Tartu_linnavalitsus, lk 26
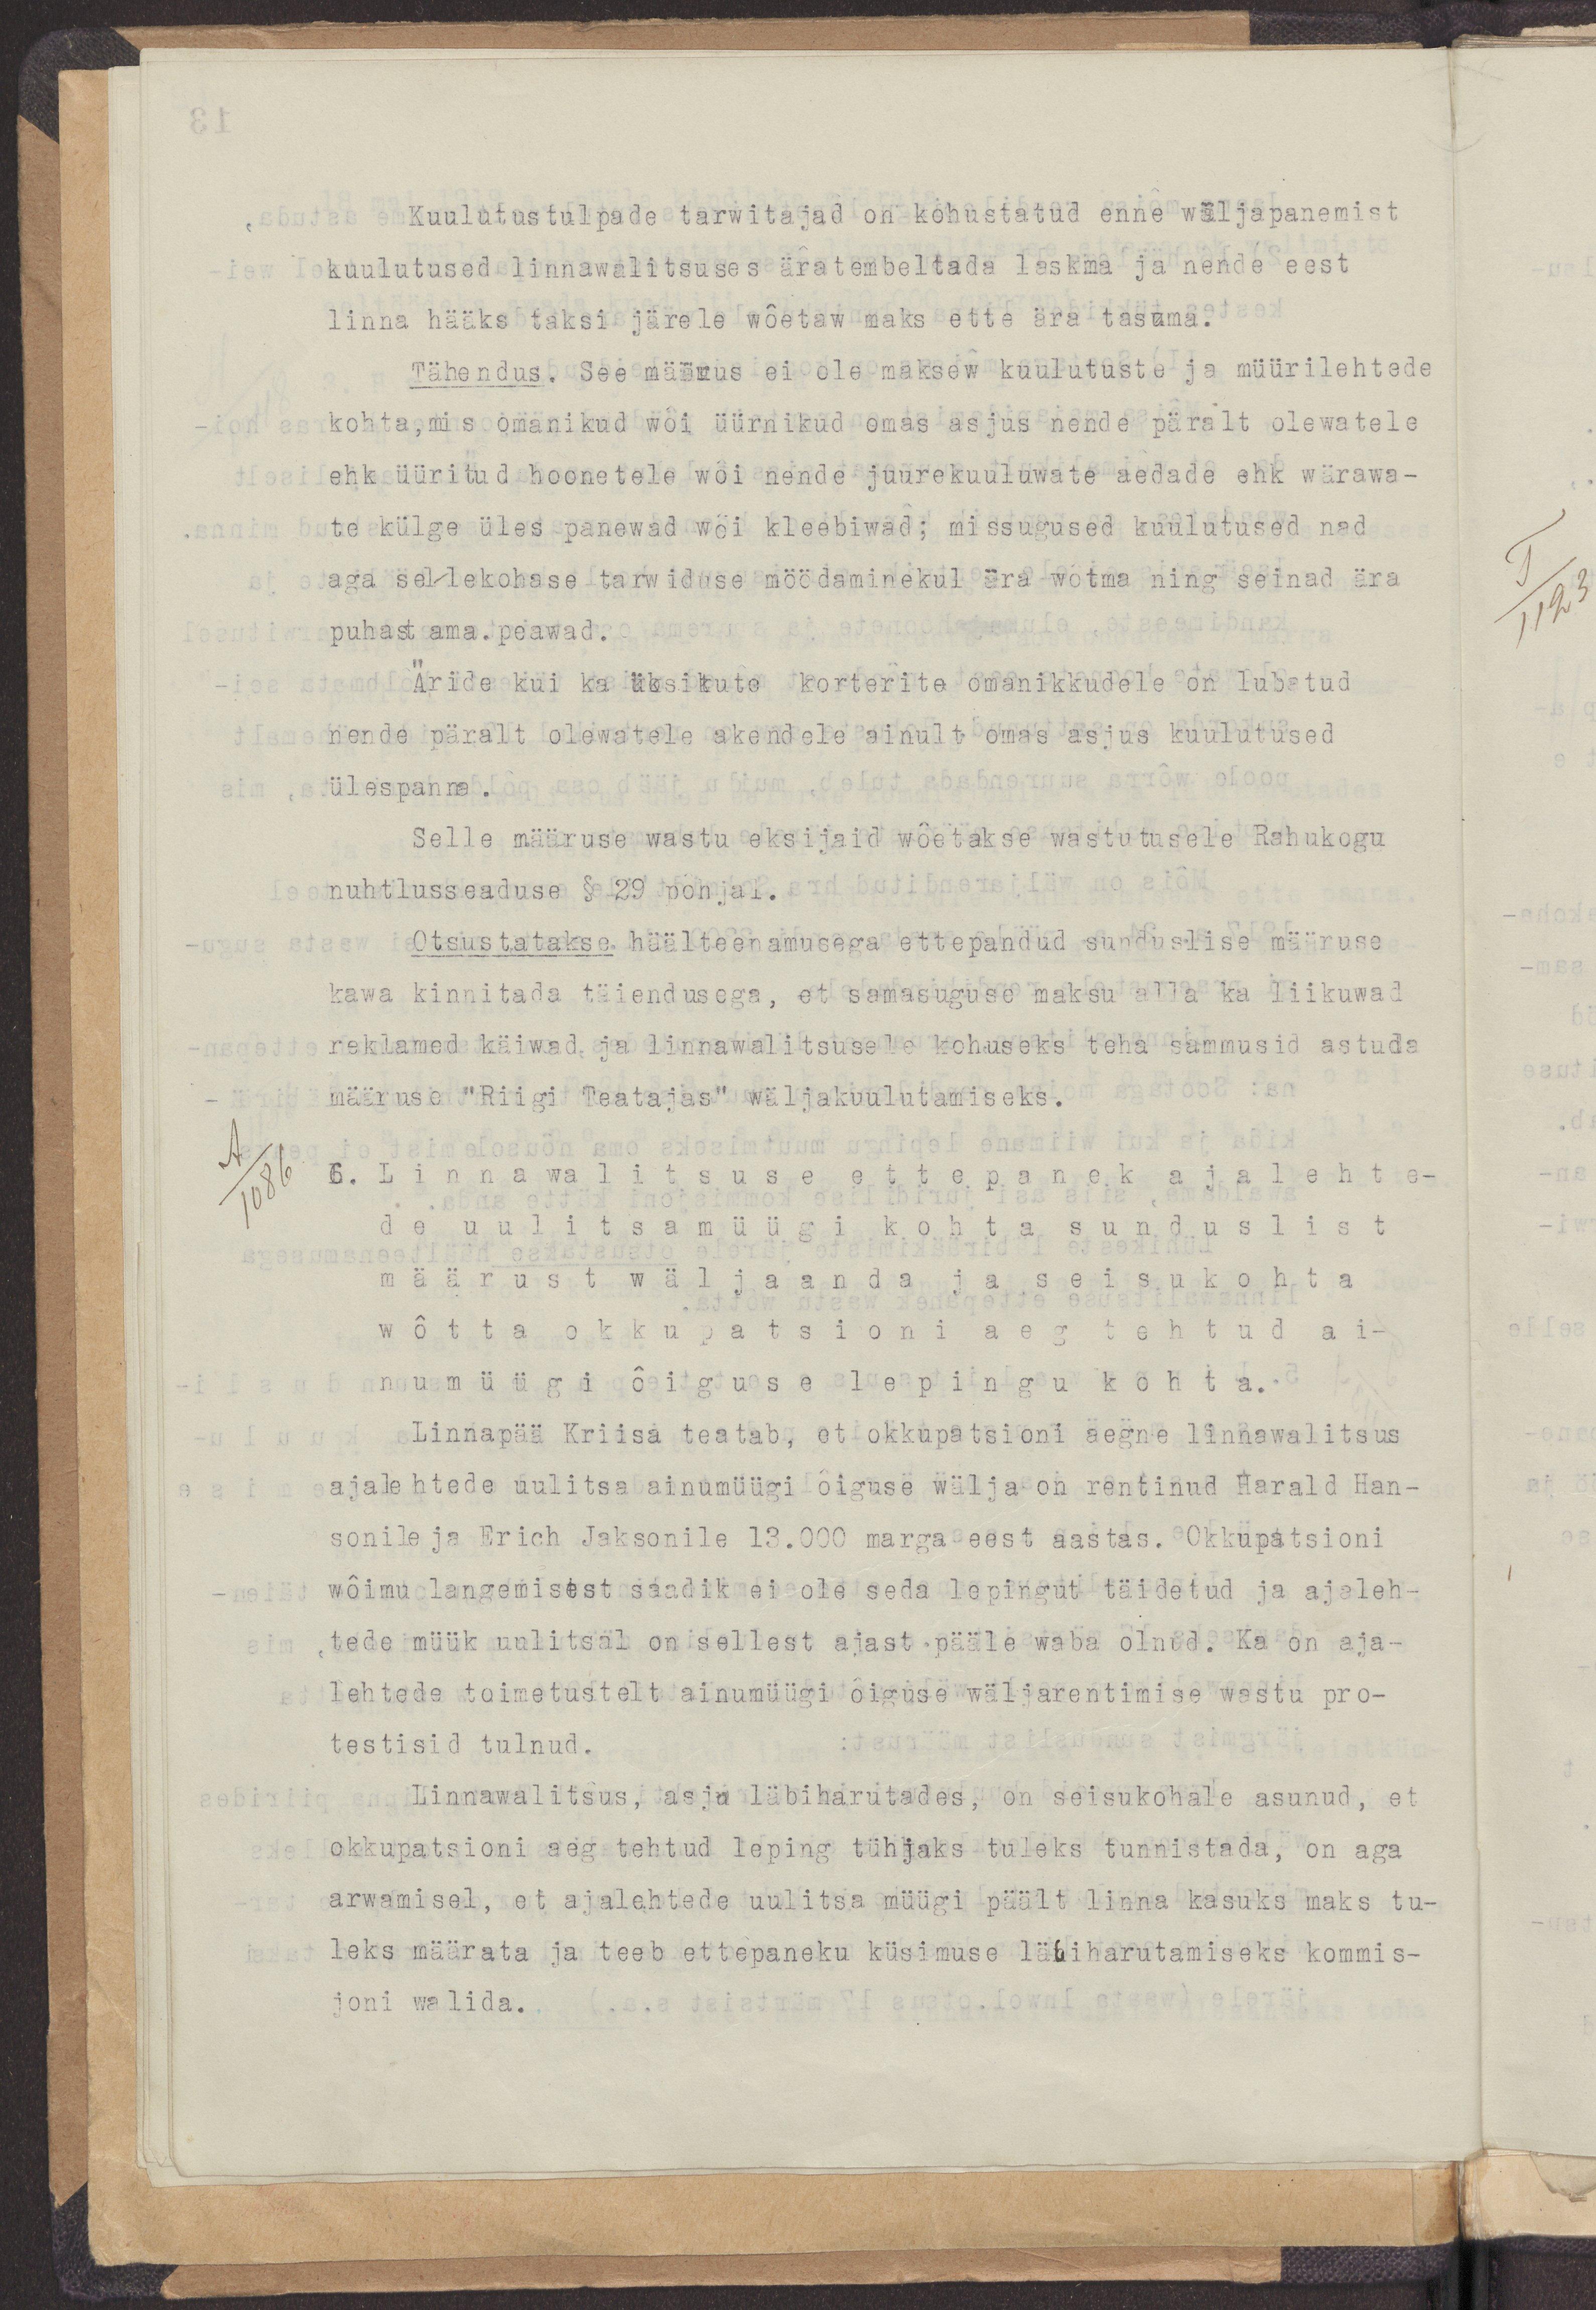
Kuulutustulpade tarwitajad on kohustatud enne wäljapanemist
kuulutused linnawalitsuses äratembeltada laskma ja nende eest
linna hääks taksi järele wõetaw maks ette ära tasuma.
Tähendus. See määrus ei ole maksew kuulutuste ja müürilehtede
kohta, mis omanikud wõi üürnikud omas asjus nende päralt olewatele
ehk üüritud hoonetele wõi nende juurekuuluwate aedade ehk wärawa-
te külge üles panewad wõi kleebiwad; missugused kuulutused nad
aga sellekohase tarwiduse möödaminekul ära wõtma ning seinad ära
puhastama peawad.
Äride kui ka üksikute korterite omanikkudele on lubatud
nende päralt olewatele akendele ainult omas asjus kuulutused
ülespanna.
Selle määruse wastu eksijaid wõetakse wastutusele Rahukogu
nuhtlusseaduse § 29 põhjal.
Otsustatakse häälteenamusega ettepandud sunduslise määruse
kawa kinnitada täiendusega, et samasuguse maksu alla ka liikuwad
reklamed käiwad ja linnawalitsusele kohuseks teha sammusid astuda
määruse "Riigi Teatajas" wäljakuulutamiseks
6. Linnawalitsuse ettepanek ajalehte-
de uulitsamüüri kohta sunduslist
määrust wäljaanda ja seisukohta
wõtta okkupatsioni aeg tehtud ai-
numüügi õiguse lepingu kohta.
Linnapää Kriisa teatab, et okkupatsioni aegne linnawalitsus
ajalehtede uulitsa ainumüügi õiguse wälja on rentinud Harald Han-
sonile ja Erich Jaksonile 13.000 marga eest aastas. Okkupatsioni
wõimu langemisest saadik ei ole seda lepingut täidetud ja ajaleh-
tede müük uulitsal on sellest ajas pääle waba olnud. Ka on aja-
lehtede toimetuselt ainumüügi õiguse wäljarentimise wastu pro-
testisid tulnud.
Linnawalitsus, asja läbiharutades, on seisukohale asunud, et 
okkupatsioni aeg tehtud leping tühjaks tuleks tunnistada, on aga
arwamisel, et ajalehtede uulitsa müügi päält linna kasuks maks tu-
leks määrata ja teeb ettepaneku küsimuse läbiharutamiseks kommis-
joni walida.